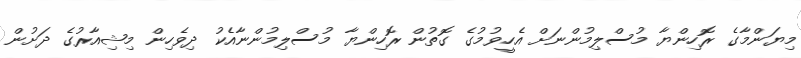
މިޔަންމާގެ ރޮހިންޔާ މުސްލިމުންނަށް އެހީވުމުގެ ގޮތުން ރޮހިންޔާ މުސްލިމުންނާއެކު ދިވެހިން މިޝިއާރުގެ ދަށުން